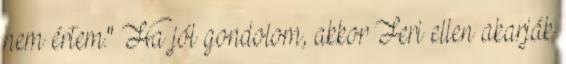
nem értem." Ha jól gondolom, akkor Feri ellen akarják